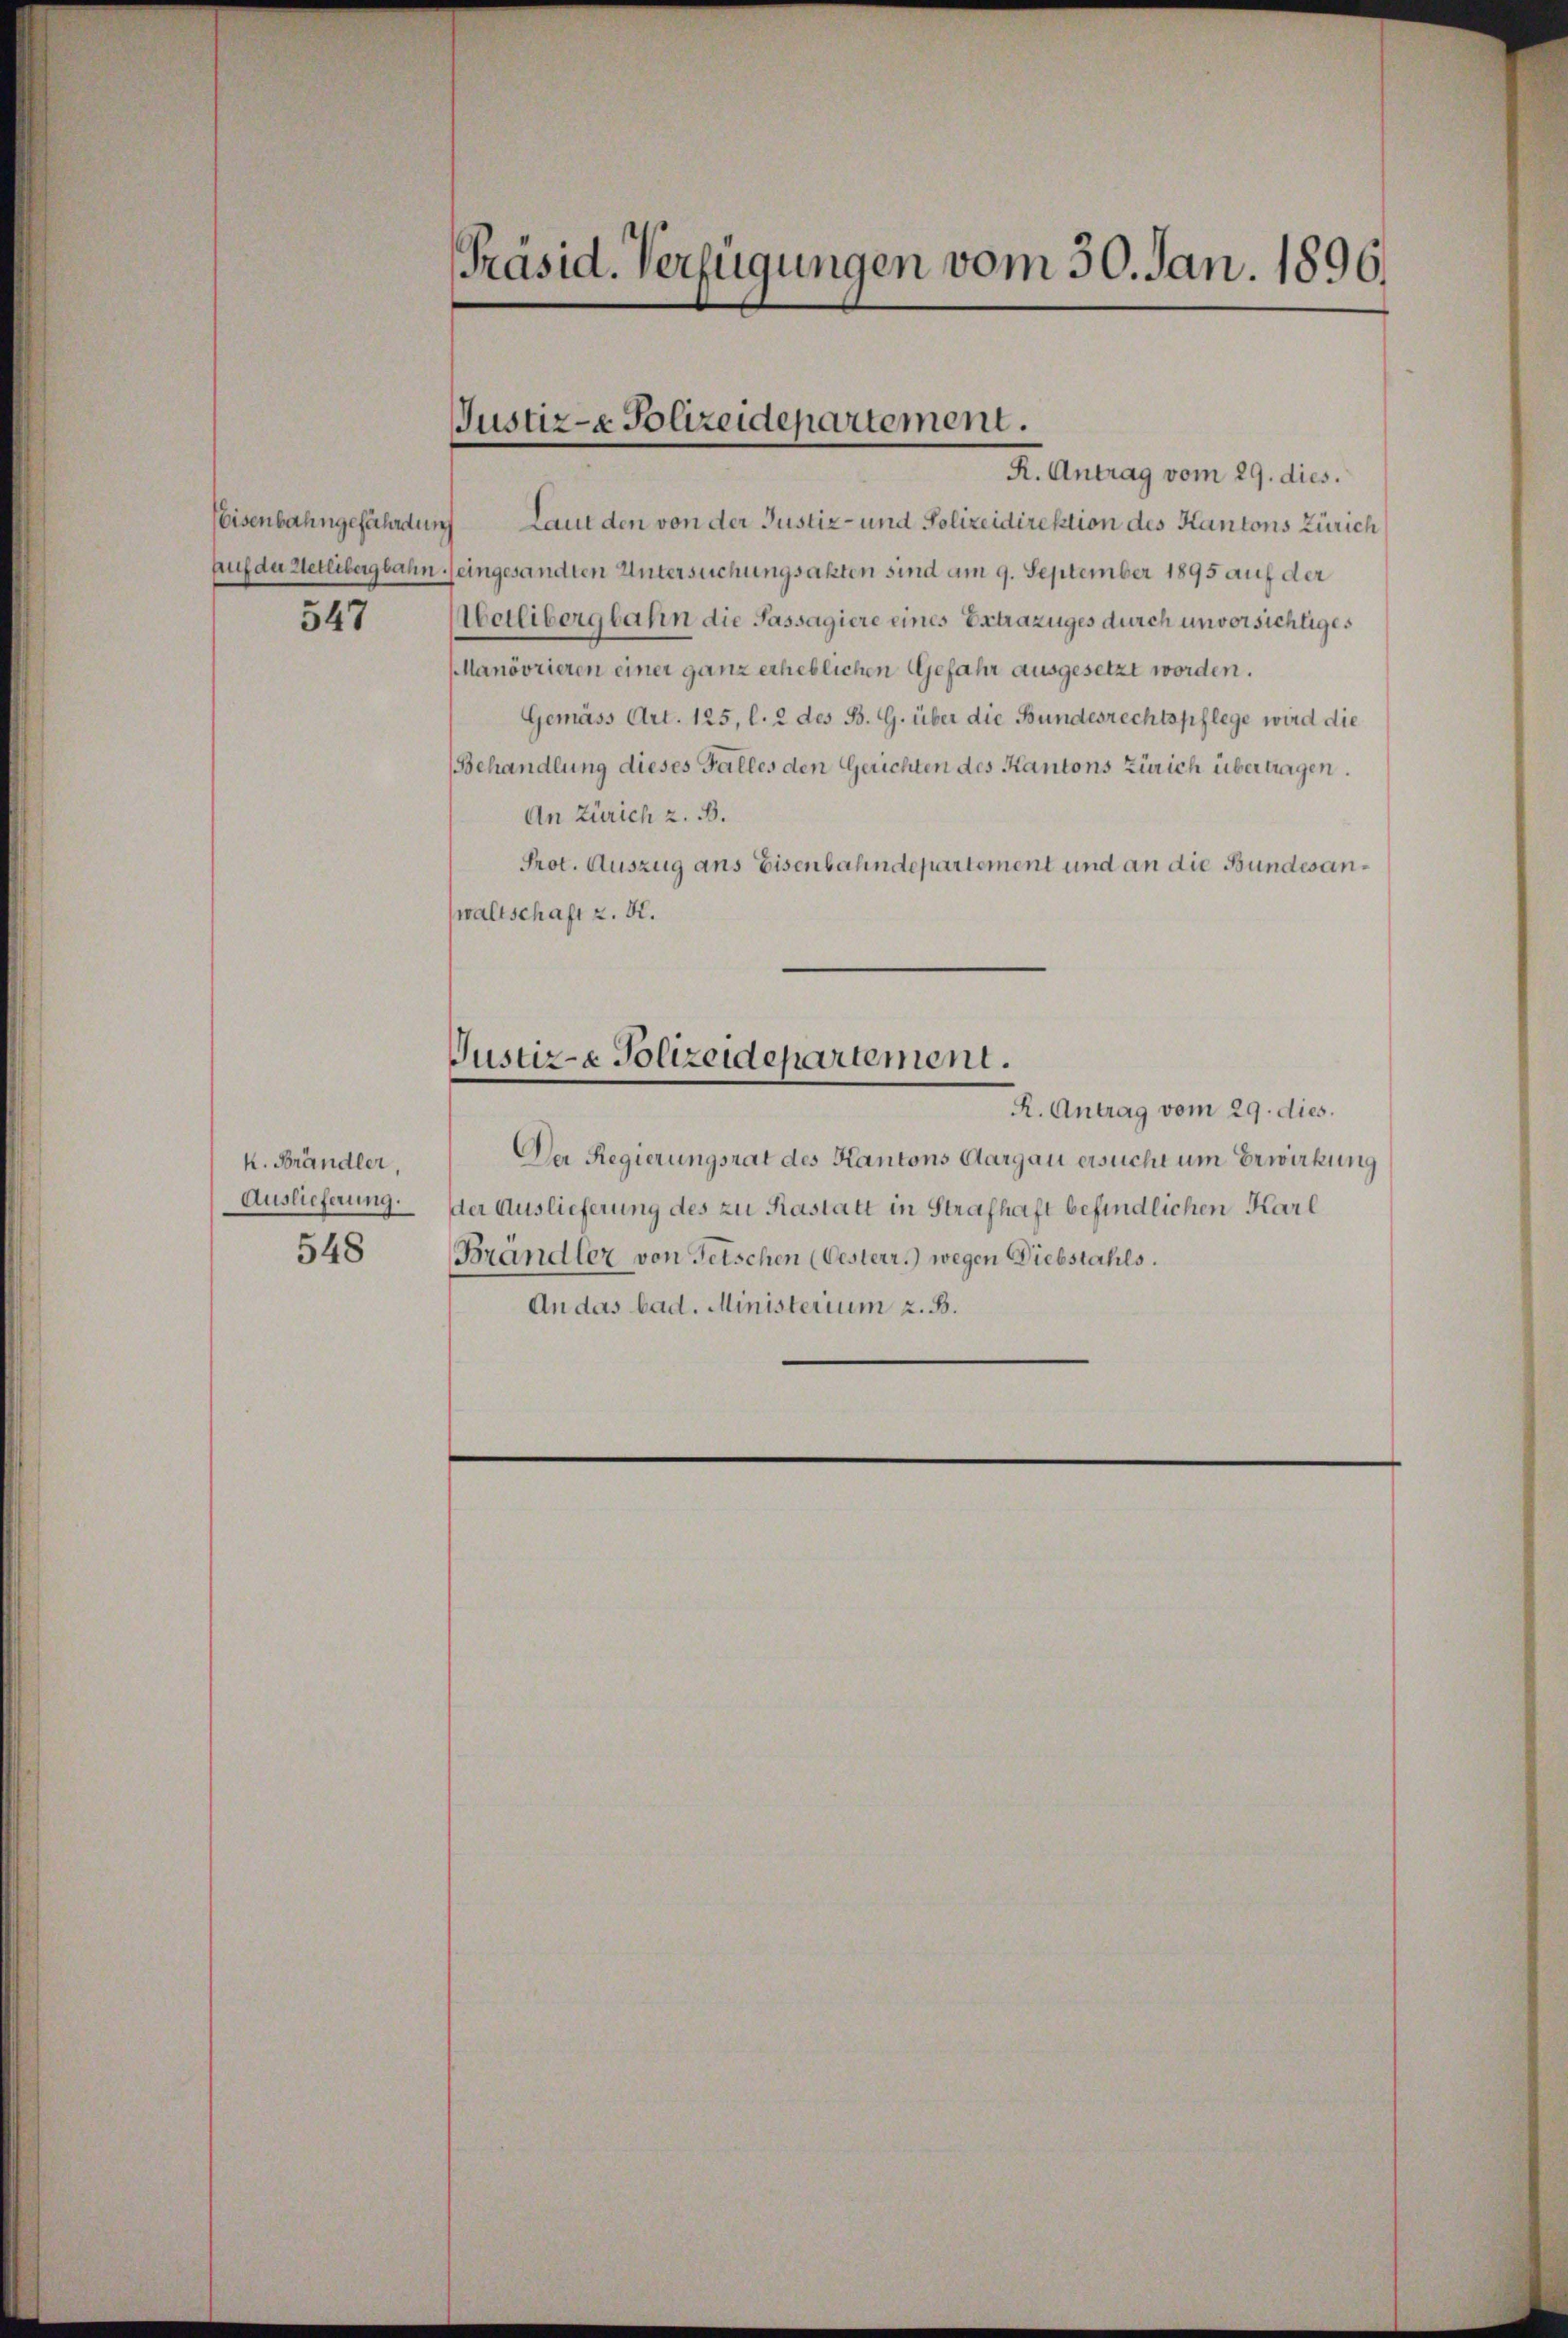
547

k. Brändler,
Auslieferung.
548

Präsid. Verfügungen vom 30. Jan. 1896.

Justiz- & Polizeidepartement.

R. Antrag vom 29. dies
Eeisenbahngefährdung Laut den von der Justiz- und Polizeidirektion des Kantons Zürich
Auf du Setlibergbahn eingesandten Untersuchungsakten sind am 9. September 1895 auf der
Wetlibergbahn die Sassagiere eines Extrazuges durch unvorsichtiges
MManövrieren einer ganz erheblichen Gefahr ausgesetzt worden.
Gemäss Art. 125, l. 2 des B. G. über die Bundesrechtspflege wird die
Behandlung dieses Falles den Gerichten des Kantons Zürich übertragen.
An Zürich z. B.
Prot. Auszug ans Eisenbahndepartement und an die Bundesanwaltschaft z. B.

Justiz-e Polizeidepartement.

R. Antrag vom 29. dies
Der Regierungsrat des Kantons Aargau ersucht um Erwirkung
der Auslieferung des zu Rastatt in Strafhaft befindlichen Karl
Brändler von Fetschen (Oesterr.) wegen Diebstahls.
An das bad. Ministerium z. B.